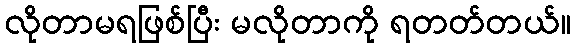
လိုတာမရဖြစ်ပြီး မလိုတာကို ရတတ်တယ်။